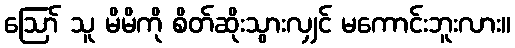
ဪ သူ မိမိကို စိတ်ဆိုးသွားလျှင် မကောင်းဘူးလား။